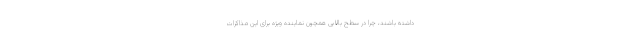
داشته باشند، چرا در سطح بالایی همچون نماینده ویژه برای این مذاکرات